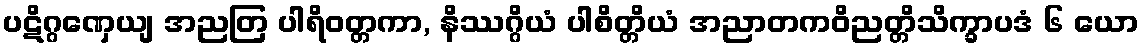
ပဋိဂ္ဂဏှေယျ အညတြ ပါရိဝတ္တကာ, နိဿဂ္ဂိယံ ပါစိတ္တိယံ အညာတကဝိညတ္တိသိက္ခာပဒံ ၆ ယော